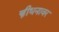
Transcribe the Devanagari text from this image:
स्त्रीधनावर